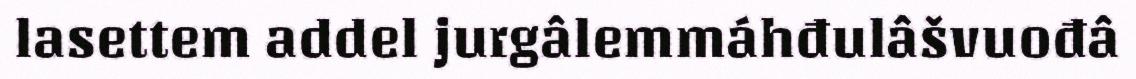
lasettem addel jurgâlemmáhđulâšvuođâ